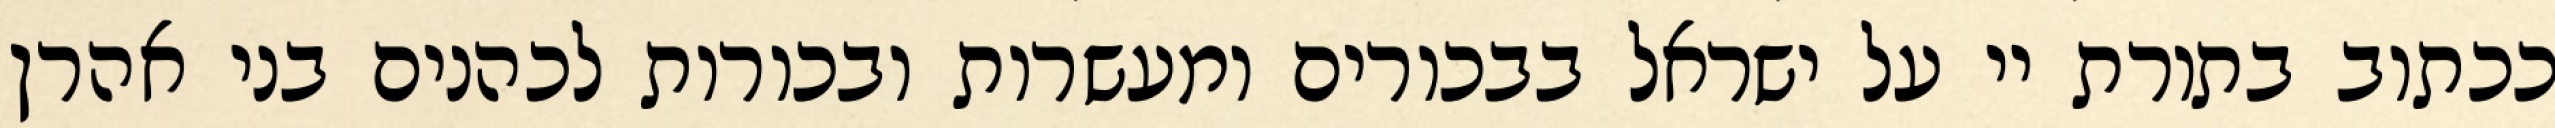
ככתוב בתורת יי על ישראל בבכורים ומעשרות ובכורות לכהנים בני אהרן